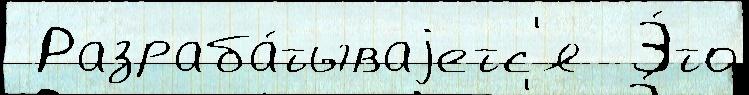
 Разраба́тываjетс'я  Э́то